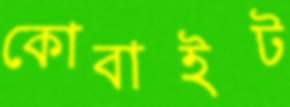
কোবাইট